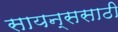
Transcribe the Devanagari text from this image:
सायन्ससाठी